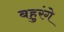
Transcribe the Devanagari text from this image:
बहुरंगे